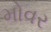
મોવર